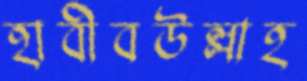
হাবীবউল্লাহ